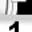
Digit: 1